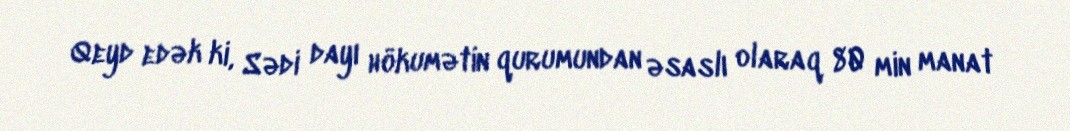
Qeyd edək ki, Sədi dayı hökumətin qurumundan əsaslı olaraq 80 min manat